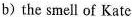
b) the smell of Kate